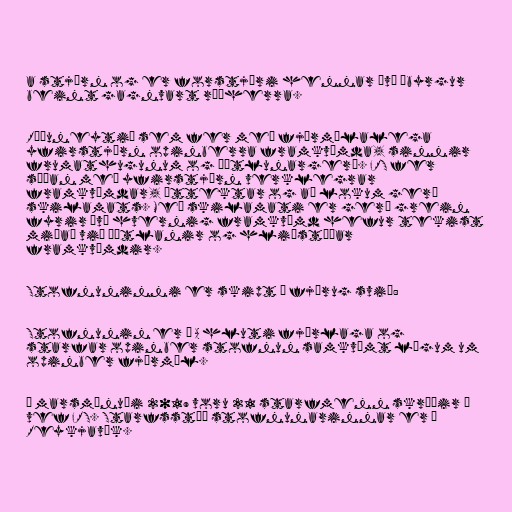
a stjórn og er forstjóri hennar því ábyrgur
beint gagnvart ráðherra.

Ráðuneytið sem fer með fjármálalega
yfirstjórn opinberra framkvæmda, sinnir
frumathugunum og áætlunargerð. FRS fer
síðan með yfirstjórn verklegrar
framkvæmdar, úttektar og að lokum gerð
skilamats. Með skilamati er gerð grein
fyrir því hvernig framkvæmd hefur tekist
miðað við áætlanir og hliðstæðar
framkvæmdir.

Stofnuninni er skipt í fjörug svið:

Stofnunin er á A hluti fjárlaga og
starfar opinber stofnun samkvæmt lögum um
opinber fjármál.

Í marsmánuði 2019 voru 21 starfmenn skráðir á
vef FRS. Starfsstöð stofnunarinnar er í
Reykjavík.